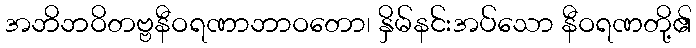
အဘိဘဝိတဗ္ဗနီဝရဏာဘာဝတော၊ နှိမ်နင်းအပ်သော နီဝရဏတို့၏